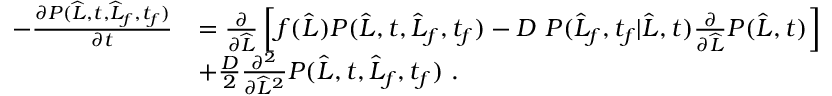
\begin{array} { r l } { - \frac { \partial P ( \widehat { L } , t , \widehat { L } _ { f } , t _ { f } ) } { \partial t } } & { = \frac { \partial } { \partial \widehat { L } } \left[ f ( \widehat { L } ) P ( \widehat { L } , t , \widehat { L } _ { f } , t _ { f } ) - D \ P ( \widehat { L } _ { f } , t _ { f } | \widehat { L } , t ) \frac { \partial } { \partial \widehat { L } } P ( \widehat { L } , t ) \right] } \\ & { + \frac { D } { 2 } \frac { \partial ^ { 2 } } { \partial \widehat { L } ^ { 2 } } P ( \widehat { L } , t , \widehat { L } _ { f } , t _ { f } ) \ . } \end{array}